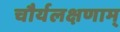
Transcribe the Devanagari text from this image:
चौर्यलक्षणाम्